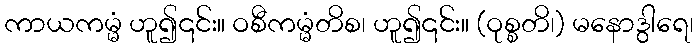
ကာယကမ္မံ ဟူ၍၎င်း။ ဝစီကမ္မံတိစ၊ ဟူ၍၎င်း။ (ဝုစ္စတိ၊) မနောဒွါရေ၊